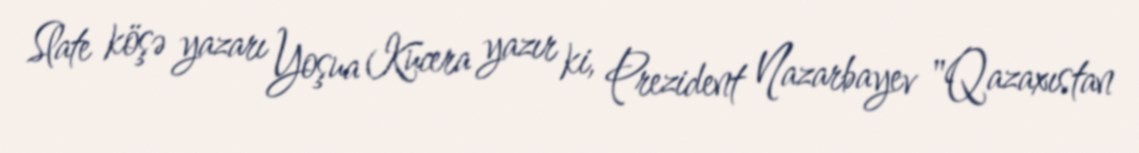
Slate köşə yazarı Yoşua Kucera yazır ki, Prezident Nazarbayev "Qazaxıstan